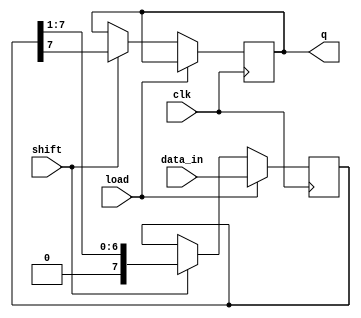
module dynamic_piso_register #(
    parameter WIDTH = 8  // Define the width of the register
)(
    input wire clk,            // Clock signal
    input wire load,           // Load signal
    input wire shift,          // Shift signal
    input wire [WIDTH-1:0] data_in, // Parallel data input
    output reg q              // Serial output
);

    reg [WIDTH-1:0] shift_reg; // Shift register to hold data

    always @(posedge clk) begin
        if (load) begin
            // Load data into the register
            shift_reg <= data_in;
        end else if (shift) begin
            // Shift data out serially
            q <= shift_reg[WIDTH-1]; // Output the MSB (first bit)
            shift_reg <= {1'b0, shift_reg[WIDTH-1:1]}; // Shift left
        end
    end

endmodule